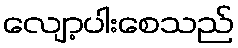
လျော့ပါးစေသည်